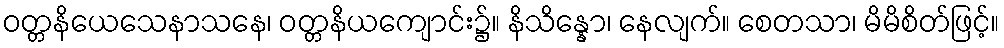
ဝတ္တနိယေသေနာသနေ၊ ဝတ္တနိယကျောင်း၌။ နိသိန္နော၊ နေလျက်။ စေတသာ၊ မိမိစိတ်ဖြင့်။